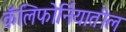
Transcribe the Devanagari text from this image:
कॅलिफाेर्नियातील